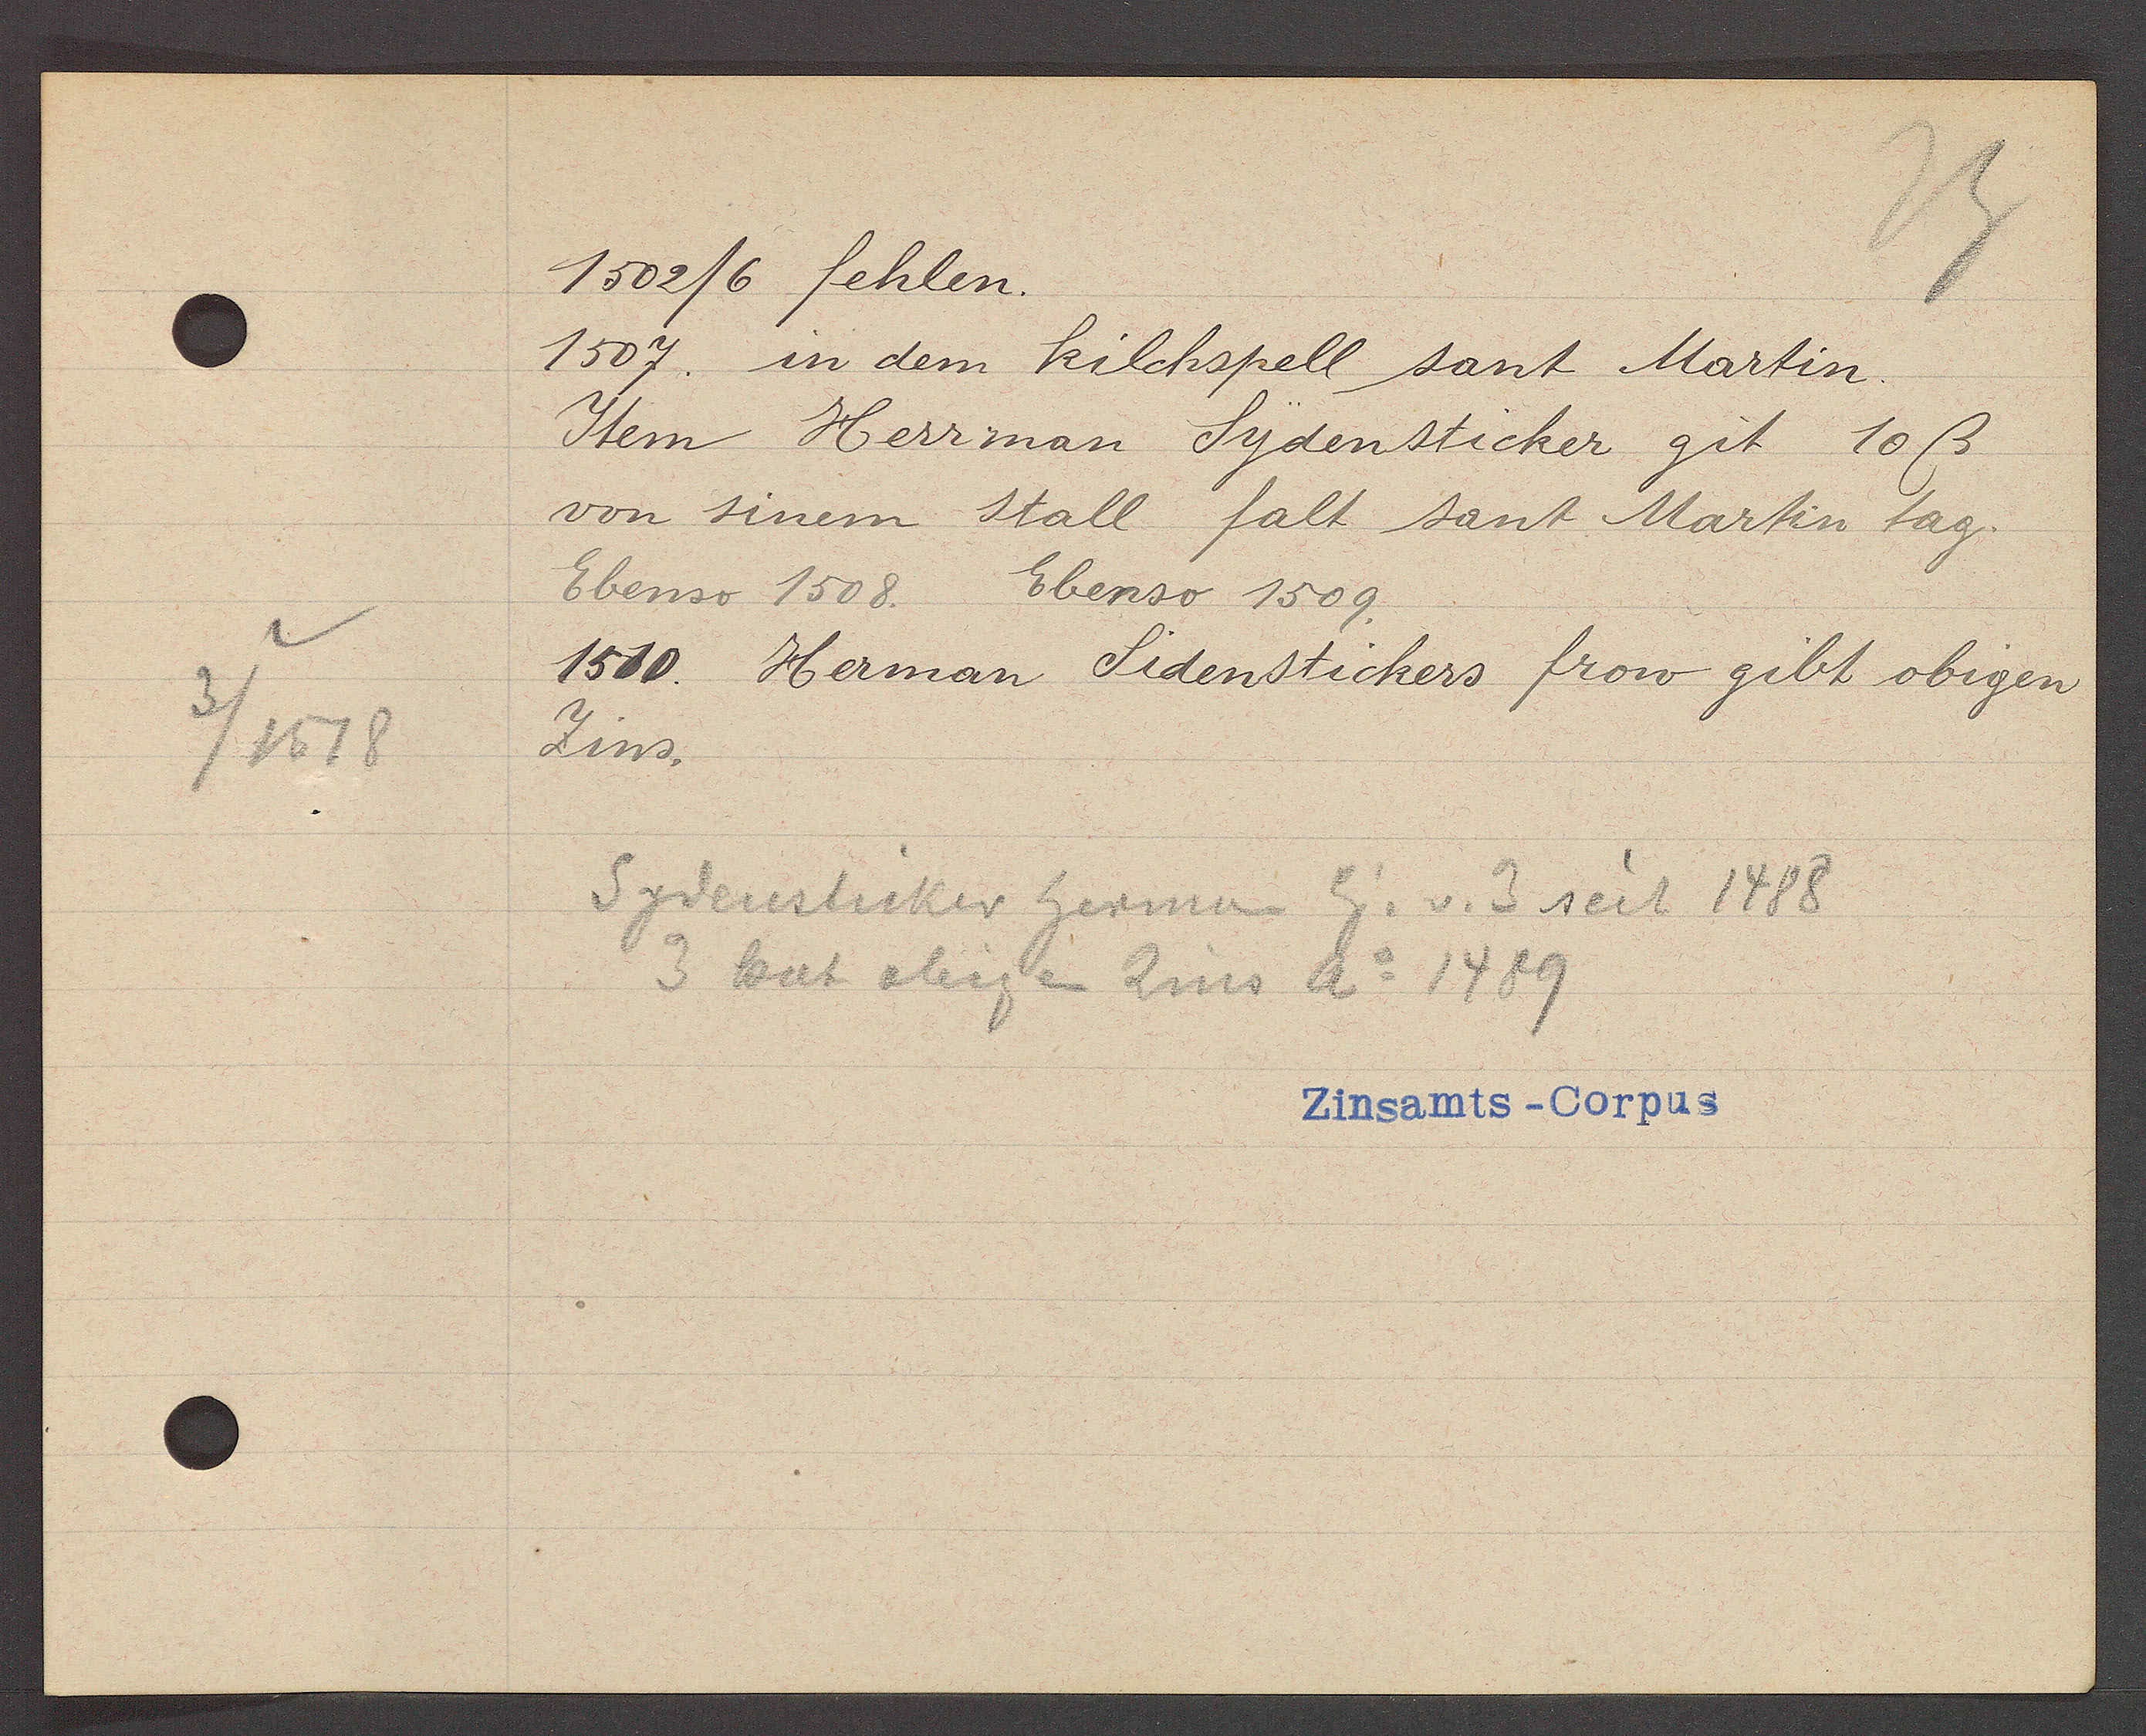
Transcript:
3/ 1518

1502/6 fehlen.

1507 in dem kilchspell sant Martin.
Item Herrman Sydensticker git 10ß
von sinem stall falt sant Martin tag.
Ebenso 1508. Ebenso 1509.
1510. Herman Sidenstickers frow gibt obigen
Zins.

Sydensticker herman Eig. v. 3 seit 1488
3 hat obigen Zins Ao 1489

Zinsamts - Corpus